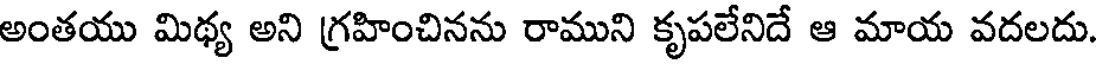
అంతయు మిథ్య అని గ్రహించినను రాముని కృపలేనిదే ఆ మాయ వదలదు.